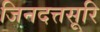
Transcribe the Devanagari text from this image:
जिनदत्तसूरि